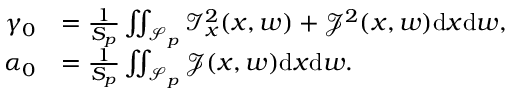
\begin{array} { r l } { \gamma _ { 0 } } & { = \frac { 1 } { S _ { p } } \iint _ { \mathcal { S } _ { p } } \mathcal { I } _ { x } ^ { 2 } ( x , w ) + \mathcal { J } ^ { 2 } ( x , w ) \mathrm { d } x \mathrm { d } w , } \\ { \alpha _ { 0 } } & { = \frac { 1 } { S _ { p } } \iint _ { \mathcal { S } _ { p } } \mathcal { J } ( x , w ) \mathrm { d } x \mathrm { d } w . } \end{array}